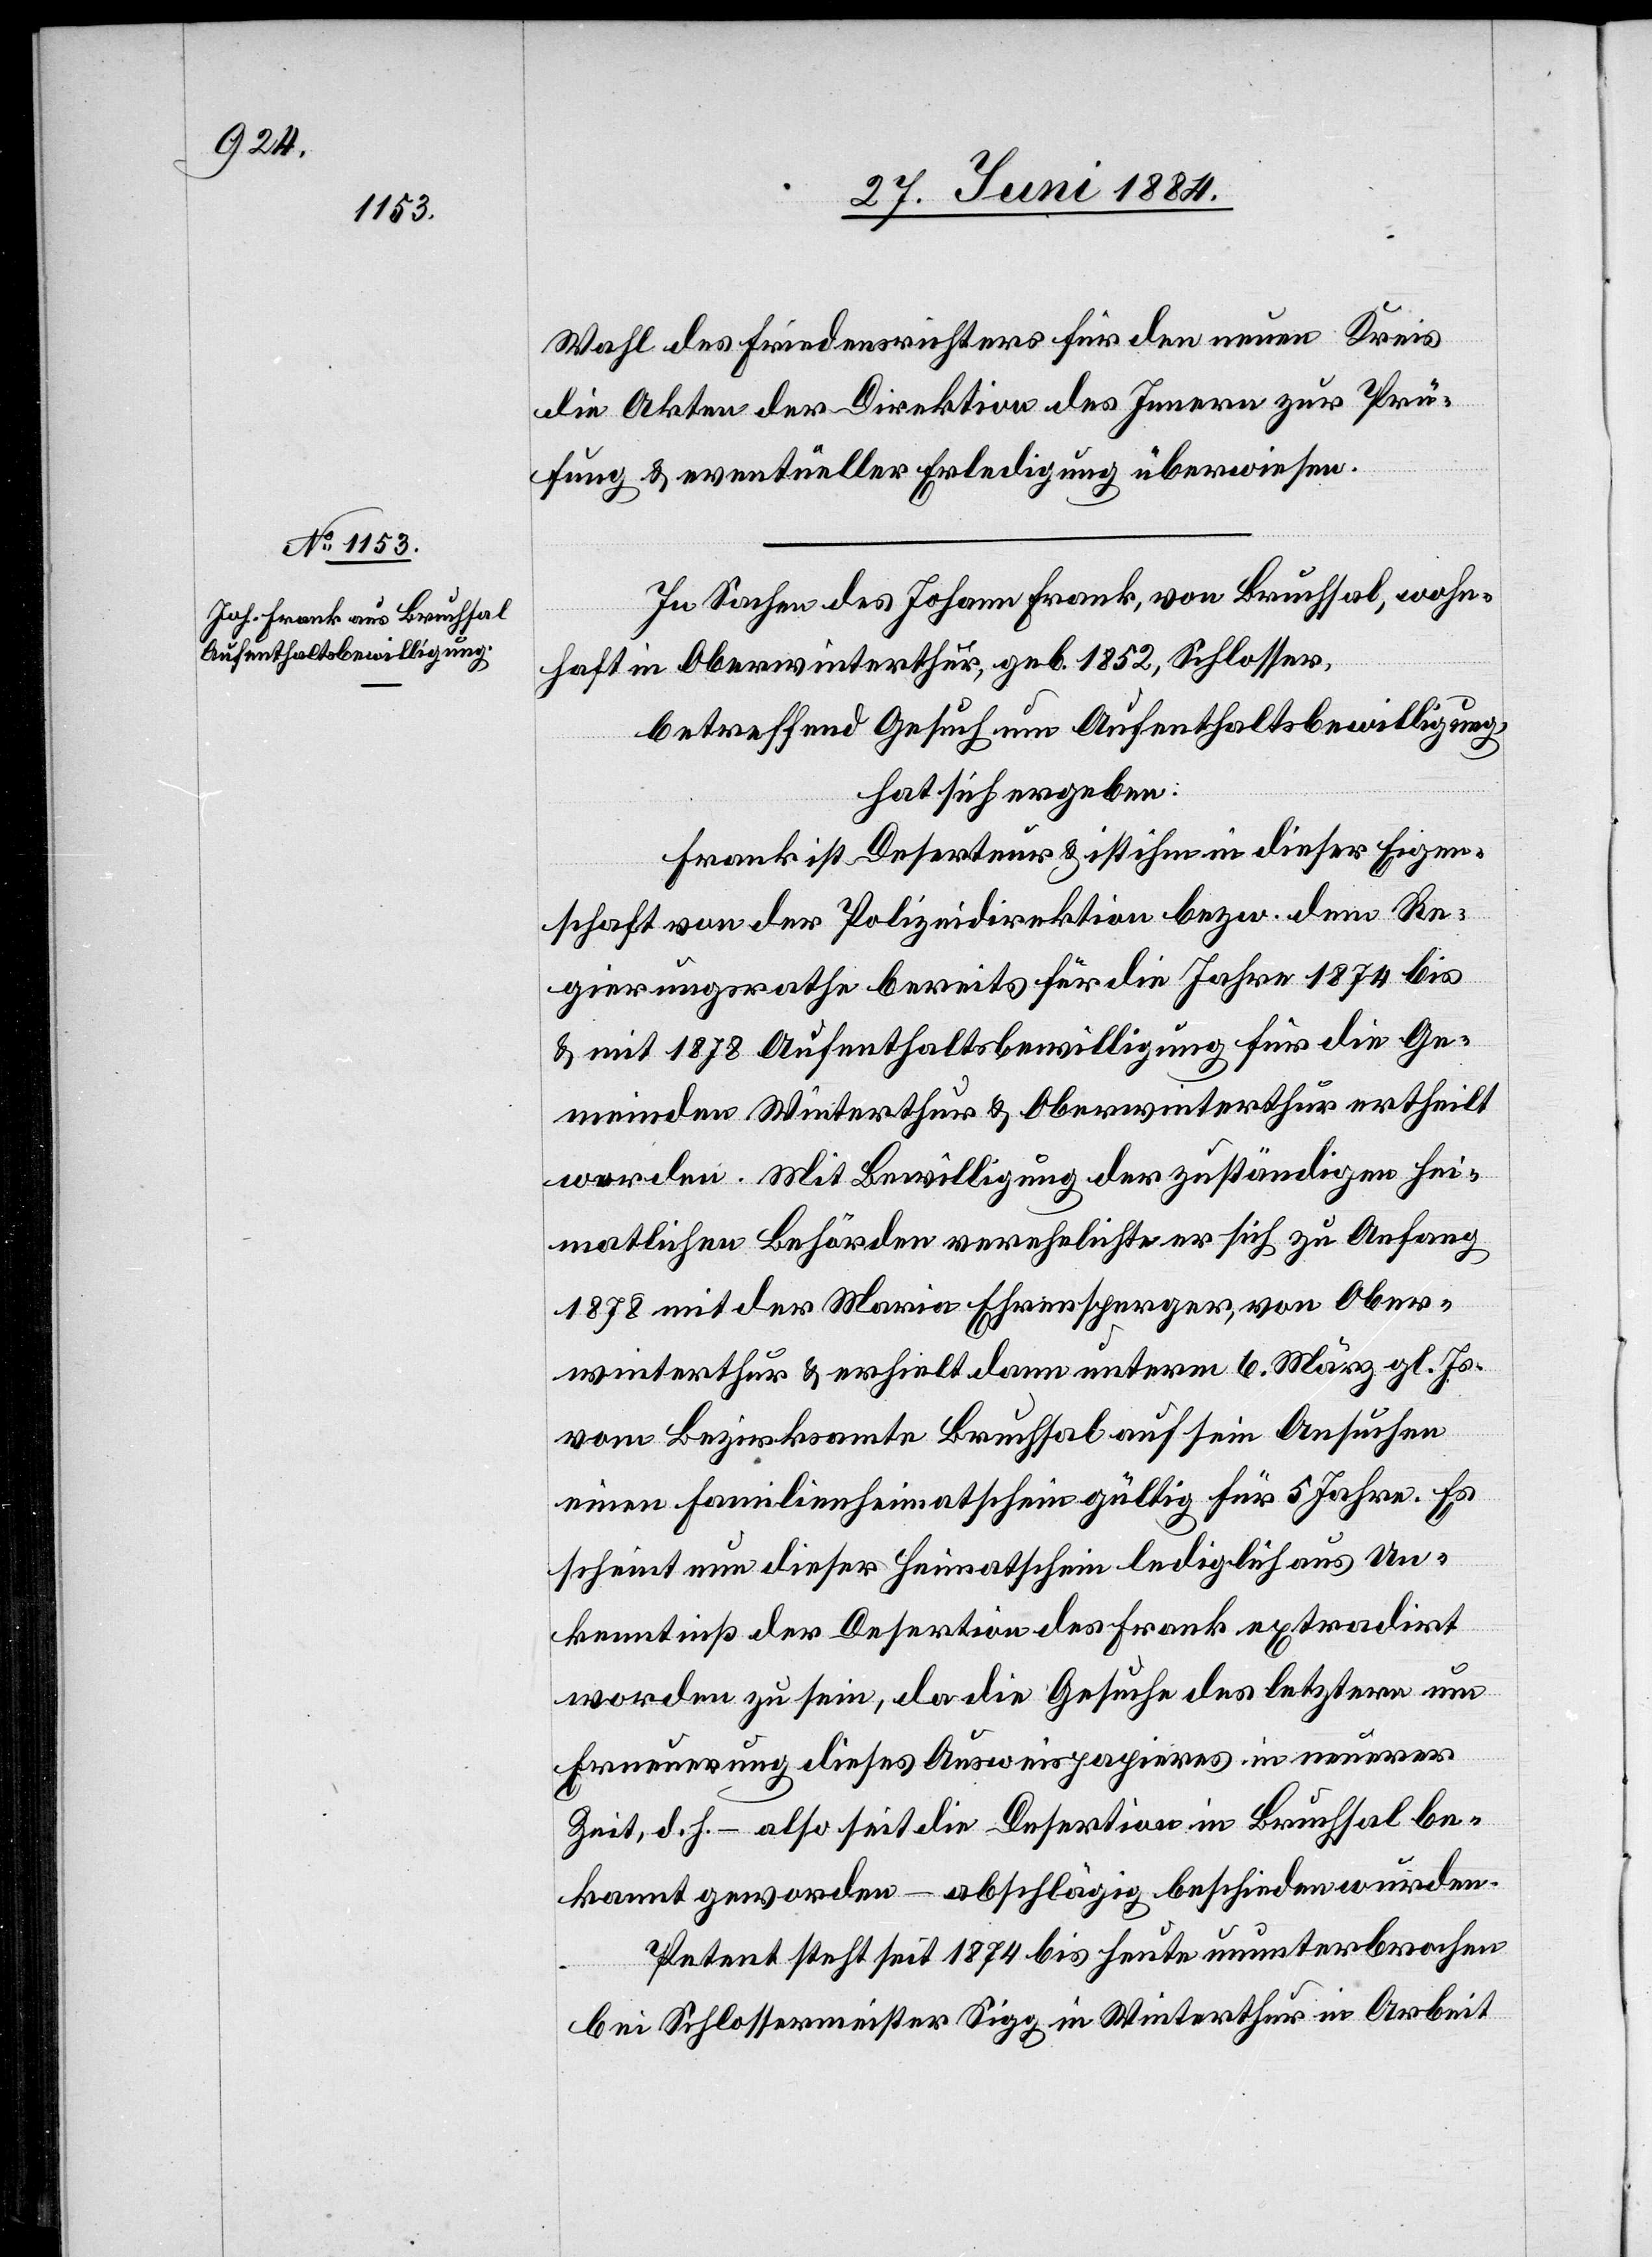
Wahl des Friedensrichters für den neuen Kreis
die Akten der Direktion des Innern zur Prü¬
fung & eventueller Erledigung überwiesen.
In Sachen des Johann Frank, von Bruchsal, wohn¬
haft in Oberwinterthur, geb. 1852, Schlosser,
betreffend Gesuch um Aufenthaltsbewilligung,
hat sich ergeben:
Frank ist Deserteur & ist ihm in dieser Eigen¬
schaft von der Polizeidirektion bezw. dem Re¬
gierungsrath bereits für die Jahre 1874 bis
& mit 1878 Aufenthaltsbewilligung für die Ge¬
meinden Winterthur & Oberwinterthur ertheilt
worden. Mit Bewilligung der zuständigen hei¬
mathlichen Behörden verehelichte er sich zu Anfang
1878 mit der Maria Ehrensperger, von Ober¬
winterthur & erhielt dann unterm 6. März gl. Js.
vom Bezirksamte Bruchsal auf sein Ansuchen
einen Familienheimathschein gültig für 5 Jahre. Es
scheint nun dieser Heimathschein lediglich aus Un¬
kenntniß der Desertion des Frank extradirt
worden zu sein, da die Gesuche des letztern um
Erneuerung dieses Ausweispapieres in neuerer
Zeit, d. h. – also seit die Desertion in Bruchsal be¬
kannt geworden – abschlägig beschieden wurden.
Petent steht seit 1874 bis heute ununterbrochen
bei Schlossermeister Sigg in Winterthur in Arbeit